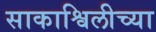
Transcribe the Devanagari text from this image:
साकाश्विलीच्या